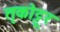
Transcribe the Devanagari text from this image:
तृकोट्टूर